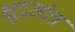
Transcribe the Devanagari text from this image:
क्षुद्रआंत्र